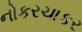
નોકરચાકર